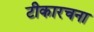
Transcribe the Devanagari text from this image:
टीकारचना